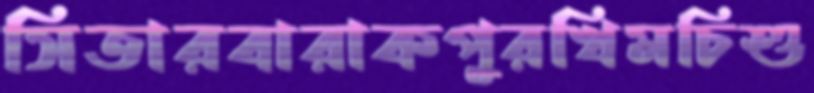
সিতারবারাকপুরখিমচিশু